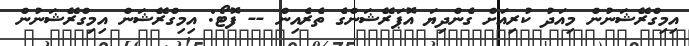
އިމިގްރޭޝަނުން މިއަދު ކުރިއަށް ގެންދިޔަ އޮޕަރޭޝަންގެ ތެރެއިން -- ފޮޓޯ: އިމިގްރޭޝަން އިމިގްރޭޝަނުން